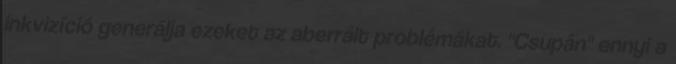
inkvizíció generálja ezeket az aberrált problémákat. "Csupán" ennyi a